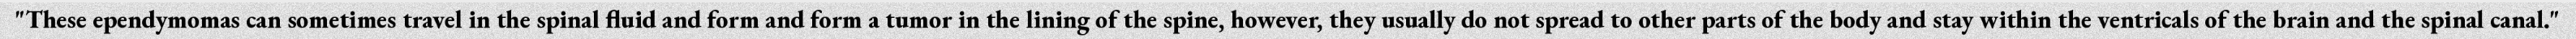
"These ependymomas can sometimes travel in the spinal fluid and form and form a tumor in the lining of the spine, however, they usually do not spread to other parts of the body and stay within the ventricals of the brain and the spinal canal."